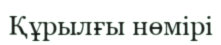
Құрылғы нөмірі